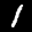
Label: 1